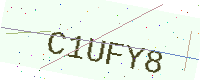
Text: C1UFY8